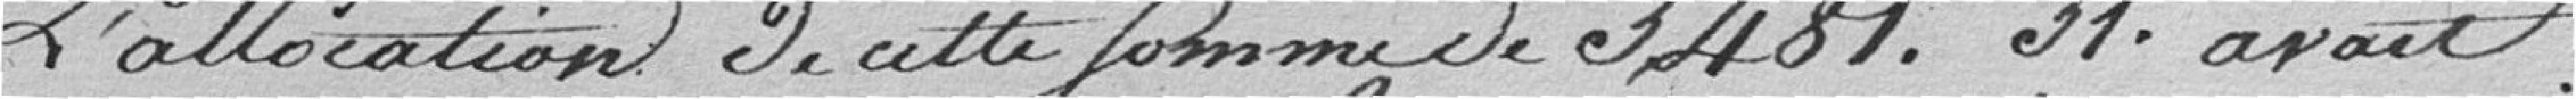
L'allocation de cette somme de 3.481,31 francs avait